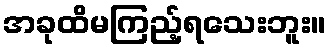
အခုထိမကြည့်ရသေးဘူး။